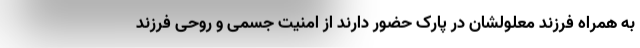
به همراه فرزند معلولشان در پارک حضور دارند از امنیت جسمی و روحی فرزند